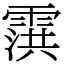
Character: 霟